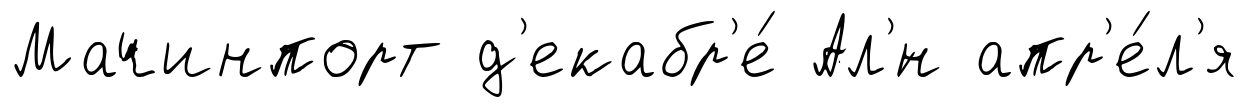
Мачинпорт д'екабр'е́ Ал'́н апр'е́л'я